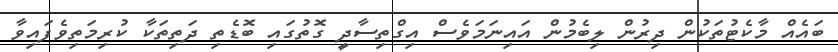
ބައެއް މާކެޓުތަކުން ދިރުން ލިބެމުން އައިނަމަވެސް އިގްތިސާދީ ގޮތުގައި ބޮޑެތި ދަތިތަކާ ކުރިމަތިވެފައިވާ